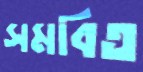
সমবিত